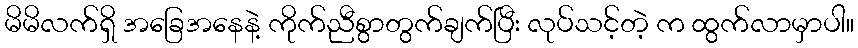
မိမိလက်ရှိ အခြေအနေနဲ့ ကိုက်ညီစွာတွက်ချက်ပြီး လုပ်သင့်တဲ့ က ထွက်လာမှာပါ။